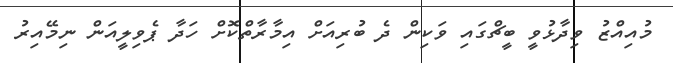
މުއިއްޒު ވިދާޅުވީ ބީޗްގައި ވަކިން ދެ ބުރިއަށް އިމާރާތްކޮށް ހަދާ ޕެވިލީއަން ނިމޭއިރު